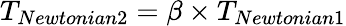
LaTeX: T_{Newtonian2}=\beta\times T_{Newtonian1}